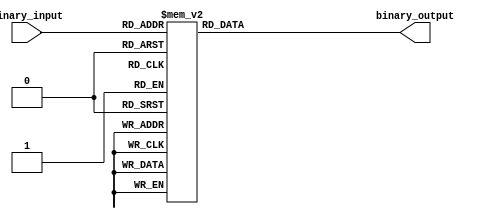
module Decimal_Priority_Encoder (
    input [3:0] binary_input,
    output reg [3:0] binary_output
);

always @ (*)
begin
    case(binary_input)
        4'b0000: binary_output = 4'b0001; // Priority for decimal digit 1
        4'b0001: binary_output = 4'b0010; // Priority for decimal digit 2
        4'b0010: binary_output = 4'b0011; // Priority for decimal digit 3
        4'b0011: binary_output = 4'b0100; // Priority for decimal digit 4
        4'b0100: binary_output = 4'b0101; // Priority for decimal digit 5
        4'b0101: binary_output = 4'b0110; // Priority for decimal digit 6
        4'b0110: binary_output = 4'b0111; // Priority for decimal digit 7
        4'b0111: binary_output = 4'b1000; // Priority for decimal digit 8
        4'b1000: binary_output = 4'b1001; // Priority for decimal digit 9
        4'b1001: binary_output = 4'b1001; // Priority for decimal digit 9
        default: binary_output = 4'b0000; // Default output for no input
    endcase
end

endmodule